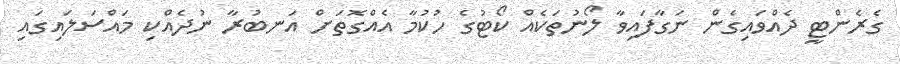
ގެރެންޓީ ދެއްވައިގެން ނަގާފައިވާ ލޯނުތަކެއް ކޯޓުގެ ހުކުމާ އެއްގޮތަށް އަނބުރާ ނުދެއްކި މައްސަލައިގައި